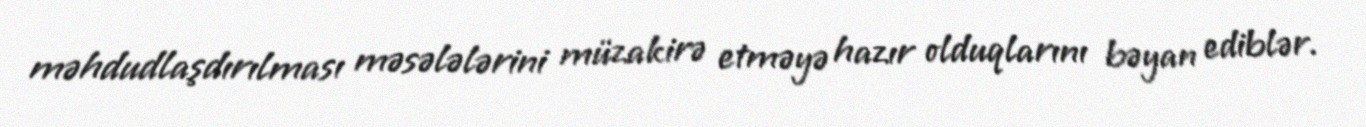
məhdudlaşdırılması məsələlərini müzakirə etməyə hazır olduqlarını bəyan ediblər.